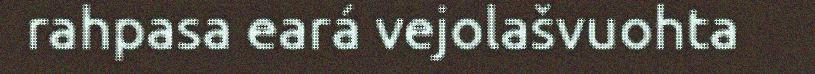
rahpasa eará vejolašvuohta